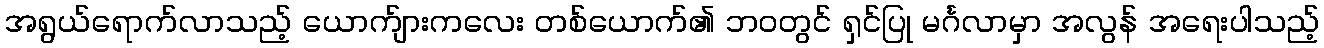
အရွယ်ရောက်လာသည့် ယောက်ျားကလေး တစ်ယောက်၏ ဘဝတွင် ရှင်ပြု မင်္ဂလာမှာ အလွန် အရေးပါသည့်